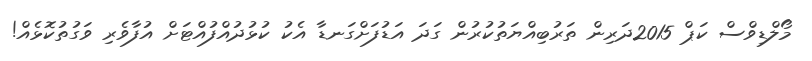
މޯލްޑިވްސް ކަޕް 2015ދަރިން ތަރުބިއްޔަތުކުރުން ގަދަ އަޑުފަށްގަނޑާ އެކު ކުޅުދުއްފުއްޓަށް އުފާވެރި ވަގުތުކޮޅެއް!